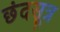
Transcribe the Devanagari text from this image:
छंदसूत्र